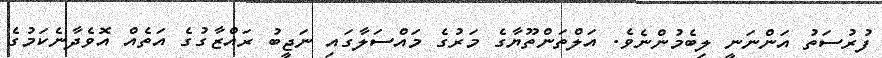
ފުރުސަތު އަންނަނީ ލިބެމުންނެވެ. އަލްތަންތޫޔާގެ މަރުގެ މައްސަލާގައި ނަޖީބު ރައްޒާގުގެ އަތެއް އޮވެދާނެކަމުގެ